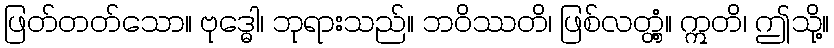
ဖြတ်တတ်သော။ ဗုဒ္ဓေါ၊ ဘုရားသည်။ ဘဝိဿတိ၊ ဖြစ်လတ္တံ့။ ဣတိ၊ ဤသို့။